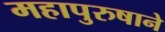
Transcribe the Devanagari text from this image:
महापुरुषाने